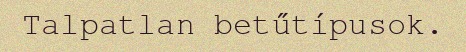
Talpatlan betűtípusok.